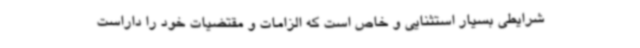
شرایطی بسیار استثنایی و خاص است که الزامات و مقتضیات خود را داراست